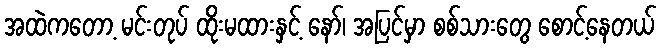
အထဲကတော့ မင်းတုပ် ထိုးမထားနှင့် နော်၊ အပြင်မှာ စစ်သားတွေ စောင့်နေတယ်